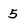
Character: 5